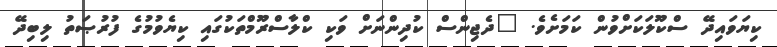
ކިޔަވައިދޭ ސްކޫލަކަށްވުން ކަމަށެވެ. "ދެޖިންސް ކުދިންނަށް ވަކި ކްލާސްރޫމްތަކުގައި ކިޔެވުމުގެ ފުރުޞަތު ލިބިދޭ